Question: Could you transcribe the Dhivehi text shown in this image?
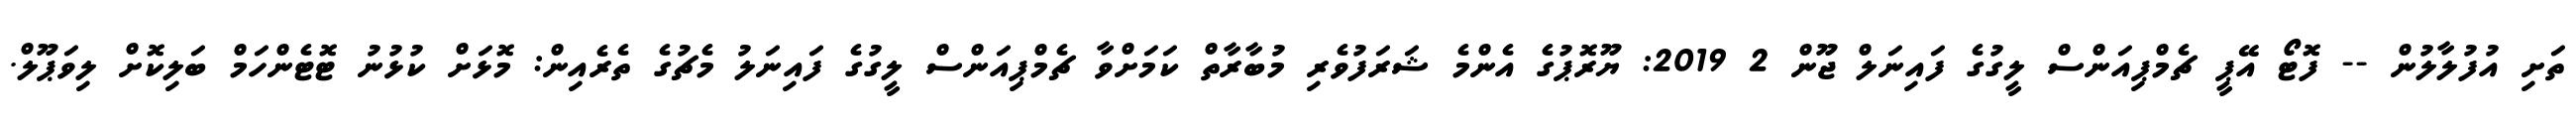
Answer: ތަށި އުފުލާލުން -- ފޮޓޯ އޭޕީ ޗެމްޕިއަންސް ލީގުގެ ފައިނަލް ޖޫން 2 2019: ޔޫރޮޕުގެ އެންމެ ޝަރަފުވެރި މުބާރާތް ކަމަށްވާ ޗެމްޕިއަންސް ލީގުގެ ފައިނަލު މެޗުގެ ތެރެއިން: މޮޅަށް ކުޅުނު ޓޮޓެންހަމް ބަލިކޮށް ލިވަޕޫލް.